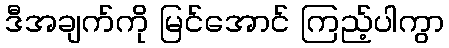
ဒီအချက်ကို မြင်အောင် ကြည့်ပါကွာ